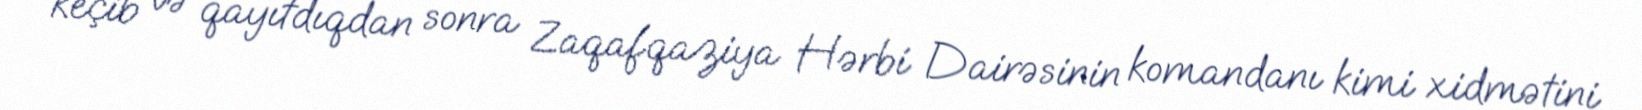
keçib və qayıtdıqdan sonra Zaqafqaziya Hərbi Dairəsinin komandanı kimi xidmətini